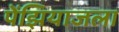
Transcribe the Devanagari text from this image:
पेंझियाजला